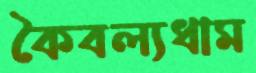
কৈবল্যধাম